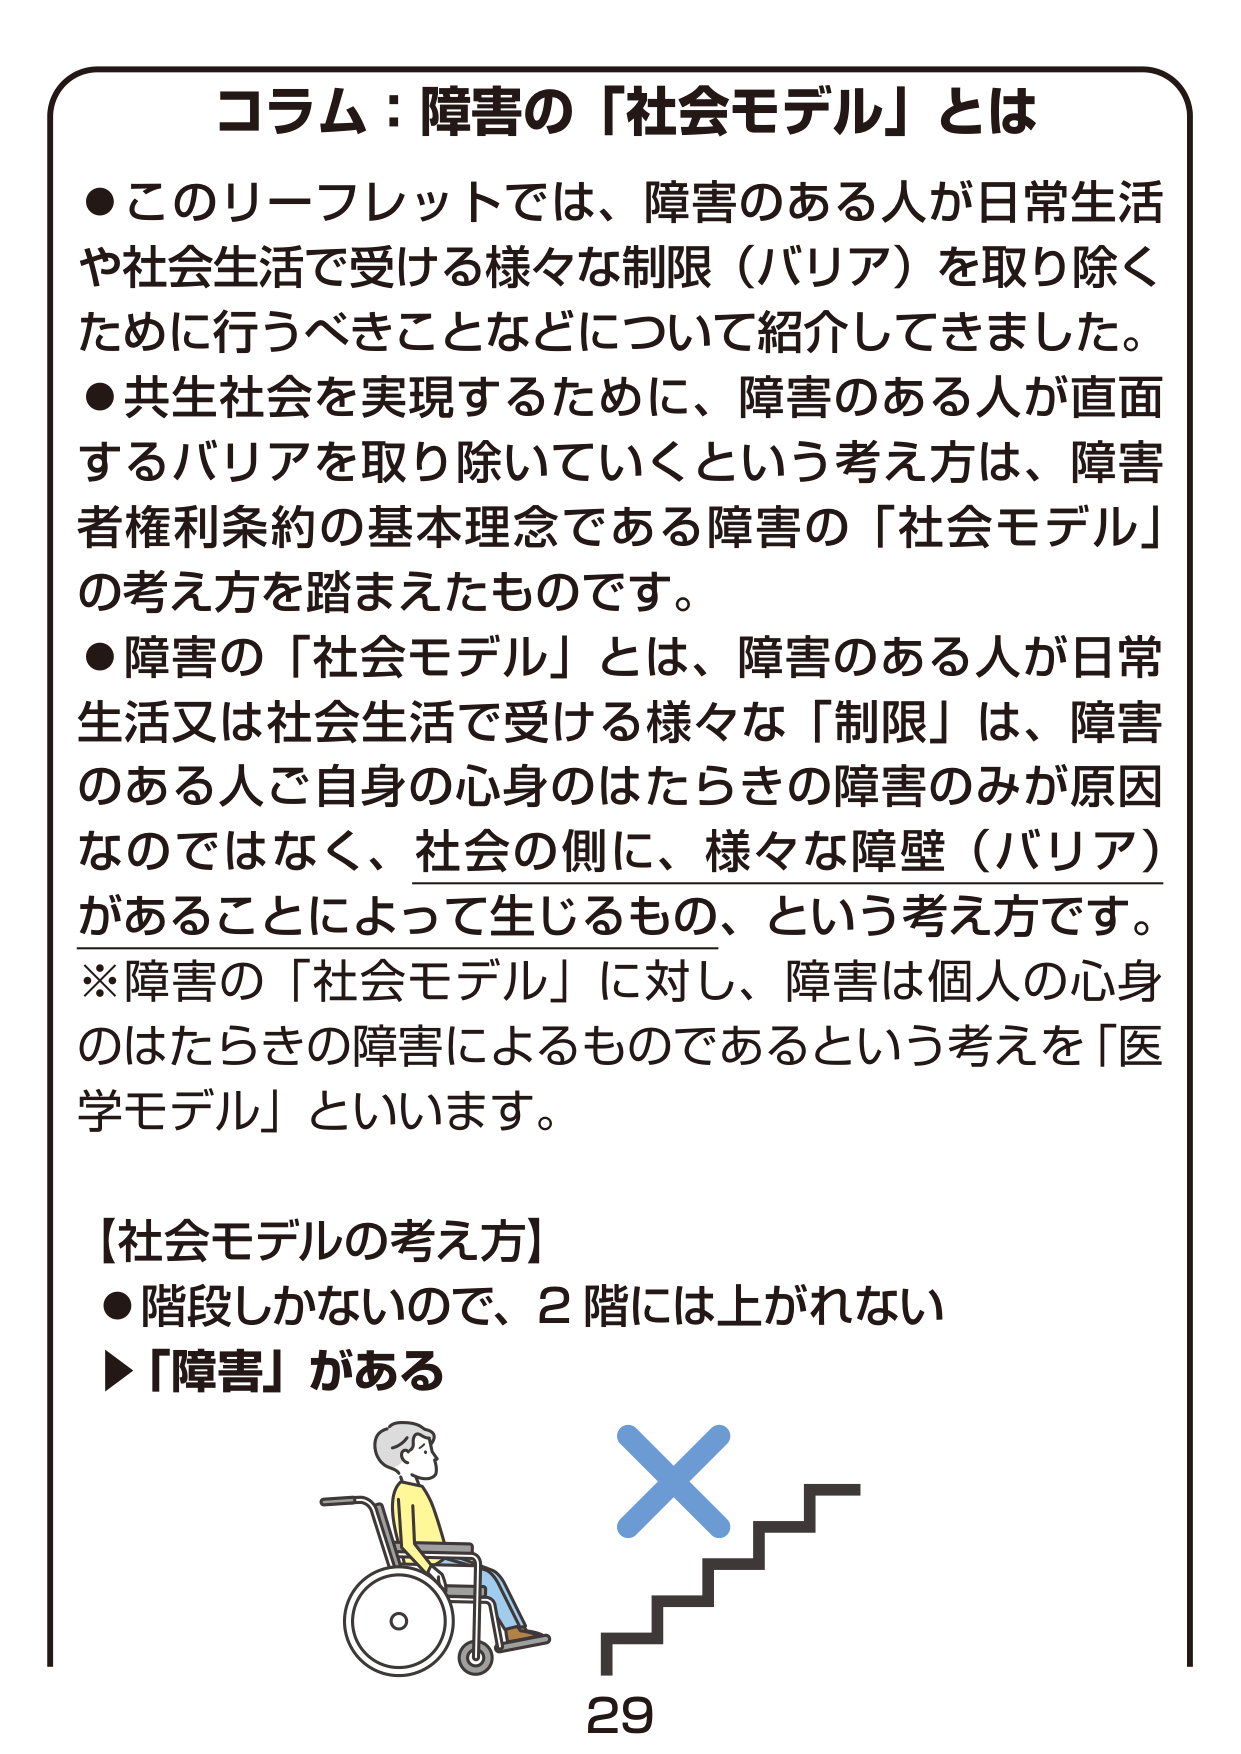
コラム：障害の「社会モデル」とは

●このリーフレットでは、障害のある人が日常生活や社会生活で受ける様々な制限（バリア）を取り除くために行うべきことなどについて紹介してきました。
●共生社会を実現するために、障害のある人が直面するバリアを取り除いていくという考え方は、障害者権利条約の基本理念である障害の「社会モデル」の考え方を踏まえたものです。
●障害の「社会モデル」とは、障害のある人が日常生活又は社会生活で受ける様々な「制限」は、障害のある人ご自身の心身のはたらきの障害のみが原因なのではなく、社会の側に、様々な障壁（バリア）があることによって生じるもの、という考え方です。
※障害の「社会モデル」に対し、障害は個人の心身のはたらきの障害によるものであるという考えを「医学モデル」といいます。

【社会モデルの考え方】
●階段しかないで、2階には上がれない
▶「障害」がある

29